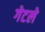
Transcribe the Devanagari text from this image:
गेटले